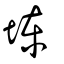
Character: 埬